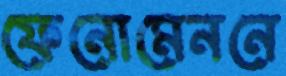
ফেনোমেননে